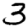
Digit: 3